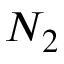
N _ { 2 }